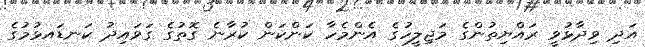
އަދި ވިދާޅުވީ ރައްޔިތުންގެ މަޖިލީހުގެ އެންމެހާ ކަންކަން ކުރާނެ ގޮތުގެ ގަވައިދު ކަނޑައޅުމުގެ